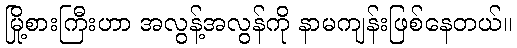
မြို့စားကြီးဟာ အလွန့်အလွန်ကို နာမကျန်းဖြစ်နေတယ်။